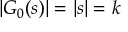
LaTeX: | G _ { 0 } ( s ) | = | s | = k